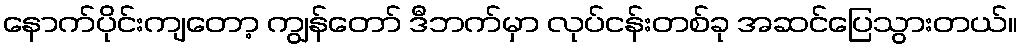
နောက်ပိုင်းကျတော့ ကျွန်တော် ဒီဘက်မှာ လုပ်ငန်းတစ်ခု အဆင်ပြေသွားတယ်။